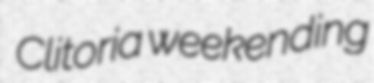
Clitoria weekending